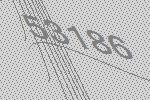
53186